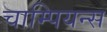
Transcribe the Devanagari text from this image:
चाम्पियन्स